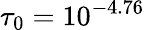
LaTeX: \tau_{0}=10^{-4.76}